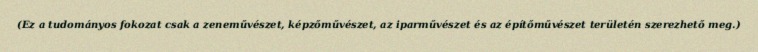
(Ez a tudományos fokozat csak a zeneművészet, képzőművészet, az iparművészet és az építőművészet területén szerezhető meg.)